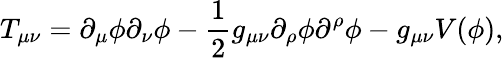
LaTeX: T_{\mu\nu}=\partial_{\mu}\phi\partial_{\nu}\phi-\frac{1}{2}g_{\mu\nu}\partial_{\rho}\phi\partial^{\rho}\phi-g_{\mu\nu}V(\phi),